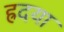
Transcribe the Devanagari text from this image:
ह्रदया